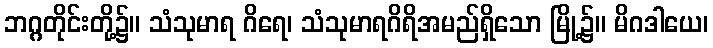
ဘဂ္ဂတိုင်းတို့၌။ သံသုမာရ ဂိရေ၊ သံသုမာရဂိရိအမည်ရှိသော မြို့၌။ မိဂဒါယေ၊